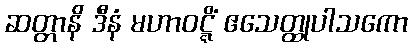
ဆတ္တာနိ ဒီနံ မဟာဝဋ္ဋိံ ဧသေတ္ထုပါသကော